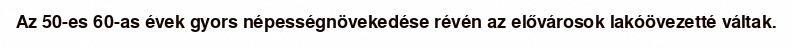
Az 50-es 60-as évek gyors népességnövekedése révén az elővárosok lakóövezetté váltak.